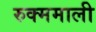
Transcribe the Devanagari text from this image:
रुक्ममाली